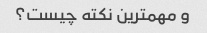
و مهمترین نکته چیست؟